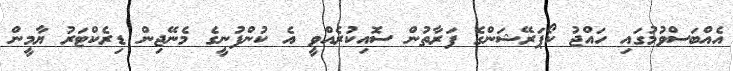
އެއްބަސްވުމުގައި ހައްޖު ކޯޕަރޭޝަންގެ ފަރާތުން ސޮއިކުރެއްވީ އެ ކުންފުނީގެ މެނޭޖިން ޑިރެކްޓަރު ޔާމީން